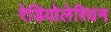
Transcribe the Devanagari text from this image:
रेडियोलेरियन